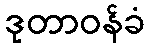
ဒုတာဝန်ခံ